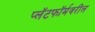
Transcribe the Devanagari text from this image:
प्लॅटफॉर्मवरील